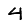
Digit: 4